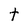
Character: t